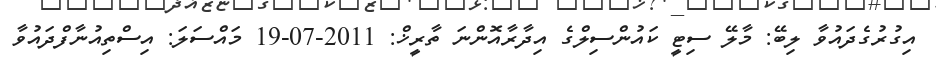
އިގުރުގެދައުވާ ލިބޭ: މާލޭ ސިޓީ ކައުންސިލްގެ އިދާރާއޮންނަ ތާރީޚް: 2011-07-19 މައްސަލަ: އިސްތިއުނާފްދައުވާ